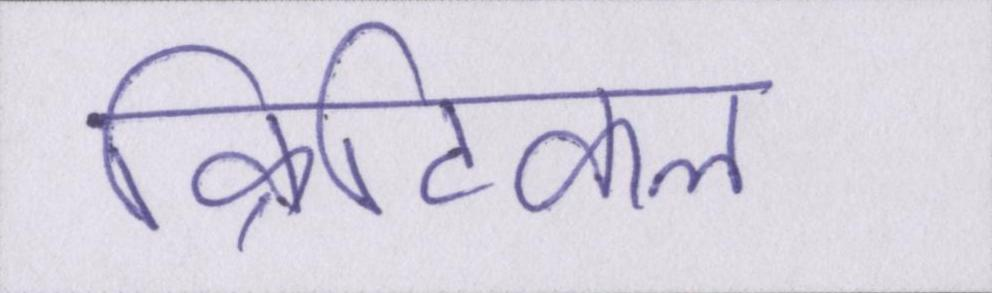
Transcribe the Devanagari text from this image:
क्रिटिकल